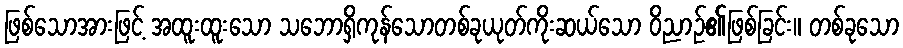
ဖြစ်သောအားဖြင့် အထူးထူးသော သဘောရှိကုန်သောတစ်ခုယုတ်ကိုးဆယ်သော ဝိညာဉ်၏ဖြစ်ခြင်း။ တစ်ခုသော